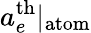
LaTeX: a_{e}^{\mathrm{th}}|_{\mathrm{atom}}